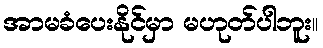
အာမခံပေးနိုင်မှာ မဟုတ်ပါဘူး။